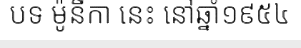
បទ ម៉ូនីកា នេះ នៅឆ្នាំ១៩៥៤